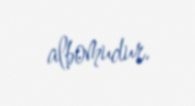
albomudur.